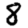
Digit: 8